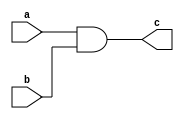
`timescale 1ns / 1ps
//////////////////////////////////////////////////////////////////////////////////
// Company: 
// Engineer: 
// 
// Design Name: 
// Module Name: and_gate
// Project Name: 
// Target Devices: 
// Tool Versions: 
// Description: 
// 
// Dependencies: 
// 
// Revision:
// Revision 0.01 - File Created
// Additional Comments:
// 
//////////////////////////////////////////////////////////////////////////////////


module and_gate(
    input a,
    input b,
    output c
    );
    assign c=a & b;
endmodule